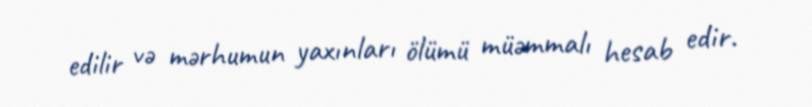
edilir və mərhumun yaxınları ölümü müəmmalı hesab edir.